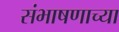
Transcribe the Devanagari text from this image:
संभाषणाच्या